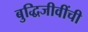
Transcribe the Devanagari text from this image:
बुद्धिजीवींची